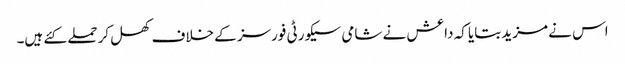
اس نے مزید بتایا کہ داعش نے شامی سیکورٹی فورسز کے خلاف کھل کر حملے کئے ہیں۔